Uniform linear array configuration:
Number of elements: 64
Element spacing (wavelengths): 0.5
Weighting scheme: cosine
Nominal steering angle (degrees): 60
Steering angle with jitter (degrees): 58.662
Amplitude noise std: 0.05
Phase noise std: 0.05

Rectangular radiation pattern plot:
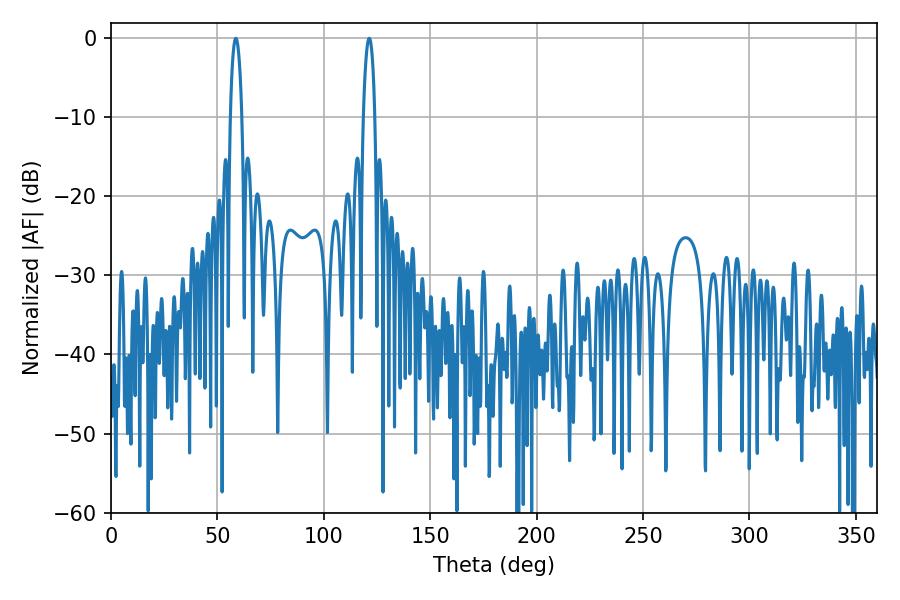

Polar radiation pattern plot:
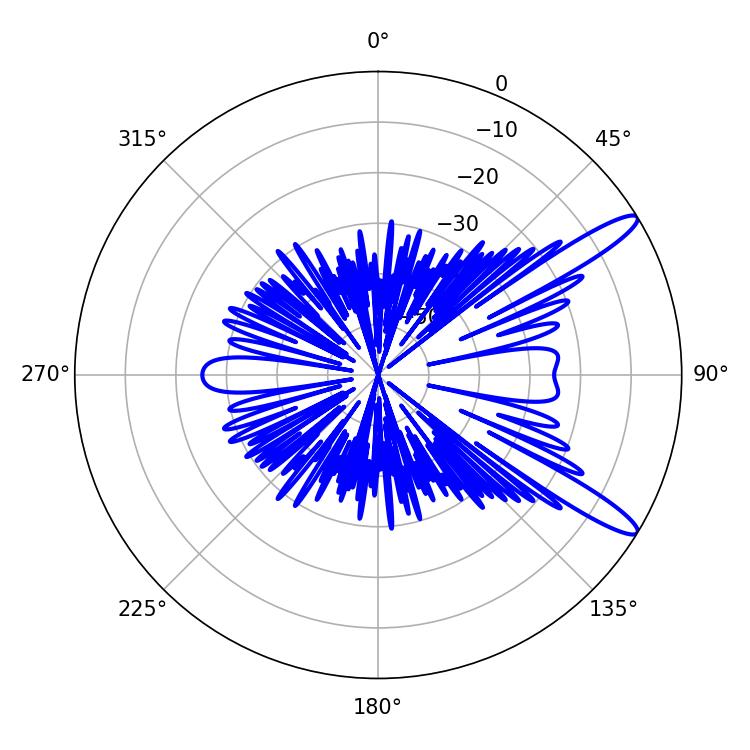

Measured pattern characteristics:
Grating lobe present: FALSE
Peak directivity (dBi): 12.878
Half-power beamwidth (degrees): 2.88
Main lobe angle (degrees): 58.68